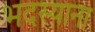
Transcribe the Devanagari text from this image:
भदस्याना